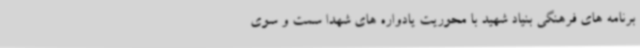
برنامه های فرهنگی بنیاد شهید با محوریت یادواره های شهدا سمت و سوی